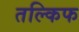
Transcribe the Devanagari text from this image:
तल्किफ